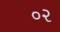
૦૨